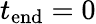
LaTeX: t_{\mathrm{end}}=0